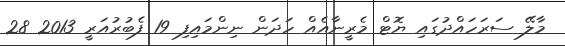
މާލޭ ސަރަހައްދުގައި ޔޮޓް މެރީނާއެއް ހަދަން ނިންމައިފި 19 ފެބުރުއަރީ 2013 28